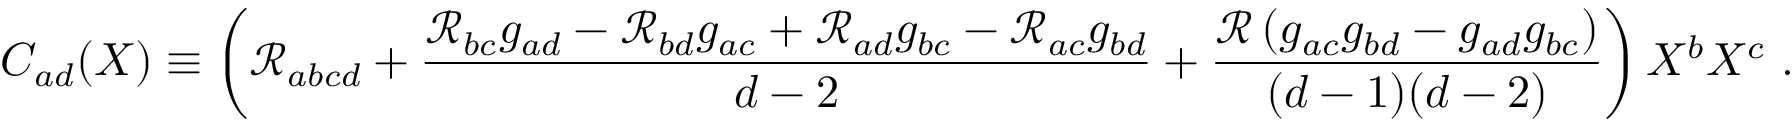
C _ { a d } ( X ) \equiv \left( \mathcal { R } _ { a b c d } + \frac { \mathcal { R } _ { b c } g _ { a d } - \mathcal { R } _ { b d } g _ { a c } + \mathcal { R } _ { a d } g _ { b c } - \mathcal { R } _ { a c } g _ { b d } } { d - 2 } + \frac { \mathcal { R } \left( g _ { a c } g _ { b d } - g _ { a d } g _ { b c } \right) } { ( d - 1 ) ( d - 2 ) } \right) X ^ { b } X ^ { c } \ .